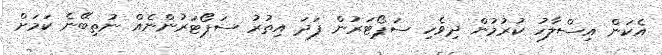
އެކަން އިސްލާހު ކުރުމުން ދިވެހި ސަޕޯޓަރުން ފަދަ އިތުރު ސަޕޯޓަރުންނެއް ނުތިބޭނެ ކަމަށް